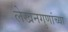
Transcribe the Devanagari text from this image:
लेखनगुणांच्या